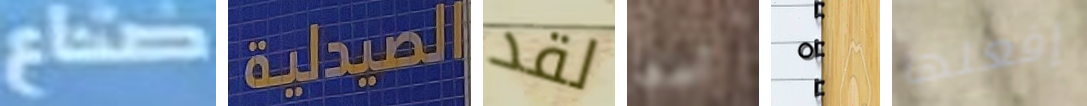
صناع الصيدلية لقد آسف ٥ إفعلها